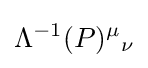
\Lambda ^{-1}(P)^{\mu }{}_{\nu }